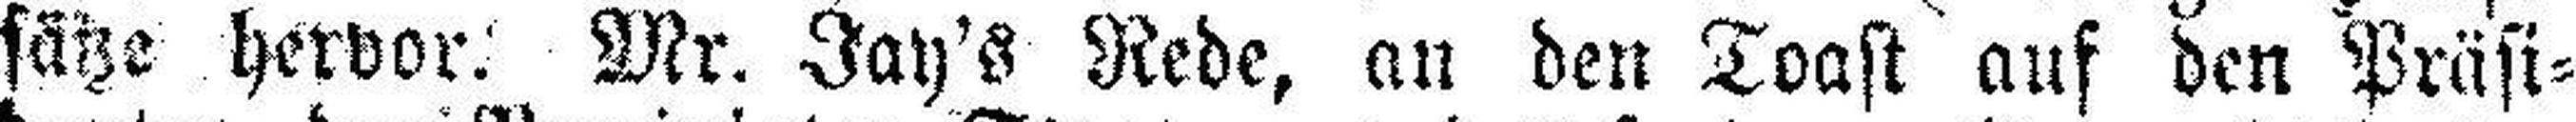
sätze hervor: Mr. Jay's Rede, an den Toast auf den Präsi¬